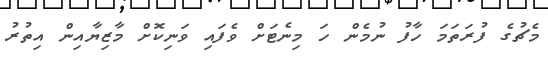
މެޗުގެ ފުރަތަމަ ހާފު ނުމެން ހަ މިނެޓަށް ވެފައި ވަނިކޮށް މާޒިޔާއިން އިތުރު